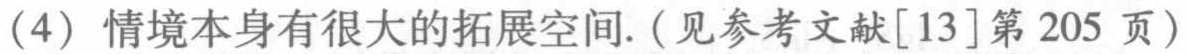
(4) 情境本身有很大的拓展空间. (见参考文献[13]第 205 页)